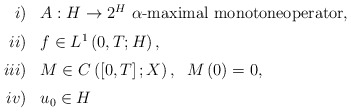
\begin{align*}\begin{array}[c]{rl}i)& A:H\rightarrow2^{H}\ \alpha\text{-maximal monotoneoperator,}\medskip\\ii)& f\in L^{1}\left( 0,T;H\right) ,\medskip\\iii)& M\in C\left( \left[ 0,T\right] ;X\right) ,\;\;M\left(0\right) =0,\medskip\\iv)& u_{0}\in H\end{array}\end{align*}